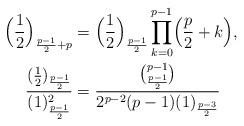
LaTeX: \begin{align*}\Bigl(\frac{1}{2} \Bigr)_{\frac{p-1}{2} + p} &= \Bigl(\frac{1}{2} \Bigr)_{\frac{p-1}{2}} \prod_{k=0}^{p-1} \Bigl( \frac{p}{2} + k \Bigr), \\\frac{(\frac{1}{2})_{\frac{p-1}{2}}}{(1)_{\frac{p-1}{2}}^2} &= \frac{\binom{p-1}{\frac{p-1}{2}}}{2^{p-2} (p-1) (1)_{\frac{p-3}{2}}}\end{align*}